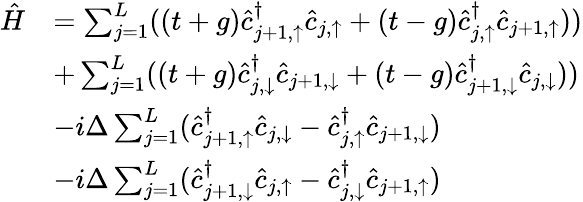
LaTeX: \begin{array}{rl}{\hat{H}}&{=\sum_{j=1}^{L}((t+g)\hat{c}_{j+1,\uparrow}^{\dagger}\hat{c}_{j,\uparrow}+(t-g)\hat{c}_{j,\uparrow}^{\dagger}\hat{c}_{j+1,\uparrow}))}\\ &{+\sum_{j=1}^{L}((t+g)\hat{c}_{j,\downarrow}^{\dagger}\hat{c}_{j+1,\downarrow}+(t-g)\hat{c}_{j+1,\downarrow}^{\dagger}\hat{c}_{j,\downarrow}))}\\ &{-i\Delta\sum_{j=1}^{L}(\hat{c}_{j+1,\uparrow}^{\dagger}\hat{c}_{j,\downarrow}-\hat{c}_{j,\uparrow}^{\dagger}\hat{c}_{j+1,\downarrow})}\\ &{-i\Delta\sum_{j=1}^{L}(\hat{c}_{j+1,\downarrow}^{\dagger}\hat{c}_{j,\uparrow}-\hat{c}_{j,\downarrow}^{\dagger}\hat{c}_{j+1,\uparrow})}\end{array}